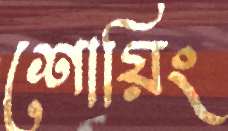
শোয়িং